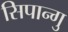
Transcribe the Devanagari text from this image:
सिपान्गु